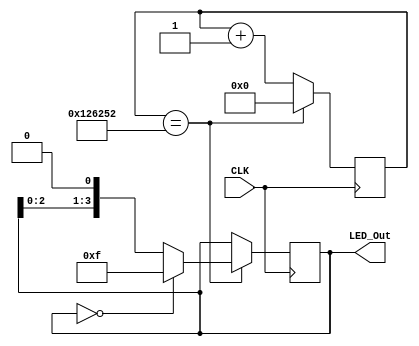
module top_module
(
   	input CLK,
	output reg[3:0]LED_Out
);   
    
	 
////////////////////////////////////////////	 




////////////////////////////////////////////
//
//counter100ms
//1//12MHZ//1/12M 3nsT100MS= 100ms/83ns-1 = 120_4818//

reg[24:0] counter;
parameter T100MS = 25'd120_4818;

always @ (posedge CLK)

if(counter==T100MS)

	counter<=25'd0;

else

	counter<=counter+1'b1;
////////////////////////////////////////////
always @ (posedge CLK )

if(counter==T100MS)

	begin

		if(LED_Out==8'b0000)      //
			LED_Out<=8'b1111;    //
		else

			LED_Out<=LED_Out<<1;     //
	end

//assign {LED0,LED1,LED2,LED3,LED4,LED5,LED6,LED7}=LED;

endmodule // Run_LED